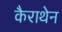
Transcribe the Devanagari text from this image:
कैराथेन